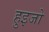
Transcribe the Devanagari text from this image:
हुइजो